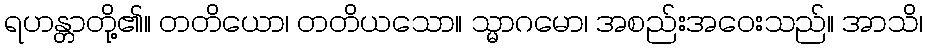
ရဟန္တာတို့၏။ တတိယော၊ တတိယသော။ သ္မာဂမော၊ အစည်းအဝေးသည်။ အာသိ၊